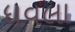
ધવલા